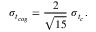
\sigma _ { t _ { c o g } } = \frac { 2 } { \sqrt { 1 5 } } ~ \sigma _ { t _ { c } } .